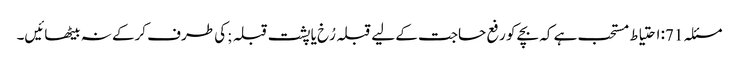
مسئلہ 71: احتیاط مستحب ہے کہ بچے کو رفع حاجت کے لیے قبلہ رُخ یا پشت قبلہ ;کی طرف کرکے نہ بیٹھائیں۔